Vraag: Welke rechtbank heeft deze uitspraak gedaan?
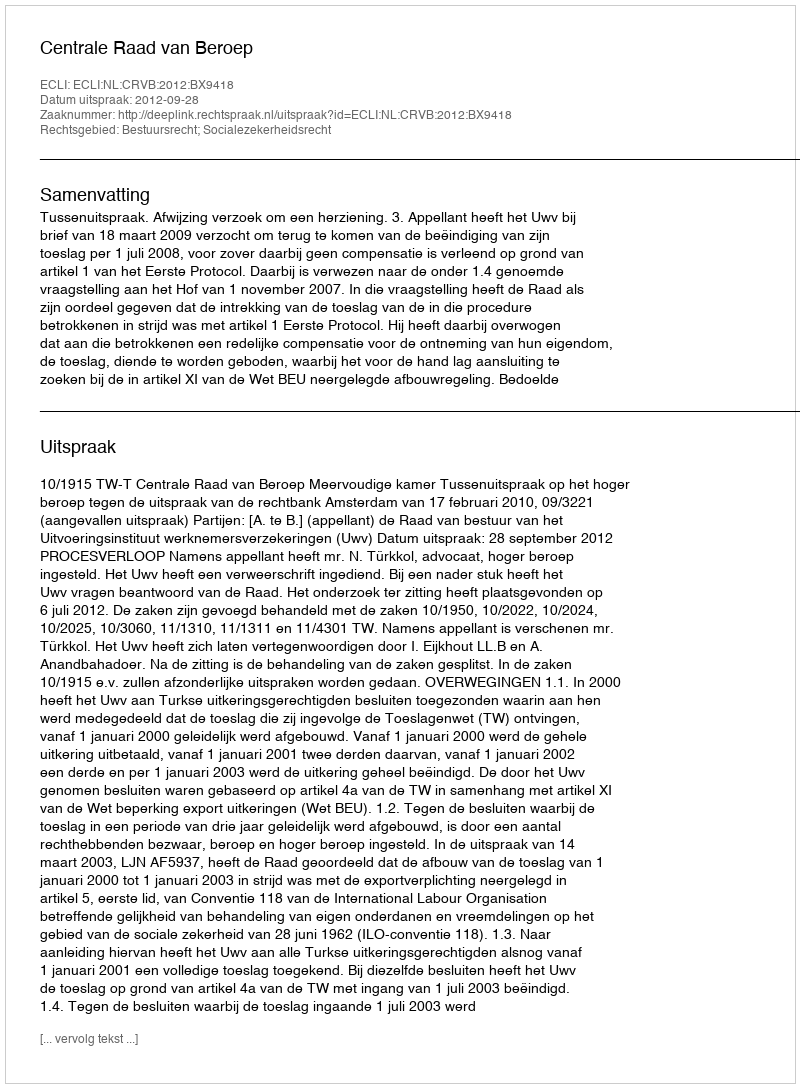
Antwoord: Centrale Raad van Beroep